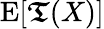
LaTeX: \operatorname{E}[{\boldsymbol{\mathfrak{T}}}(X)]